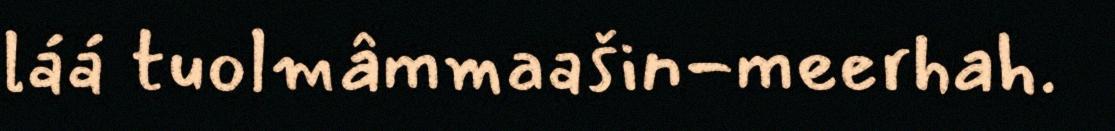
láá tuolmâmmaašin-meerhah.